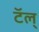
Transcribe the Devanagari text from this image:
टॅल्